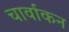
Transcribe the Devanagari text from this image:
चार्वाकन